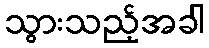
သွားသည့်အခါ